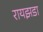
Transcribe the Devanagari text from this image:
रायझडा